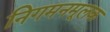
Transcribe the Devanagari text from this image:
निगमनमूलक